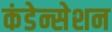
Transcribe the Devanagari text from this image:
कंडेन्सेशन